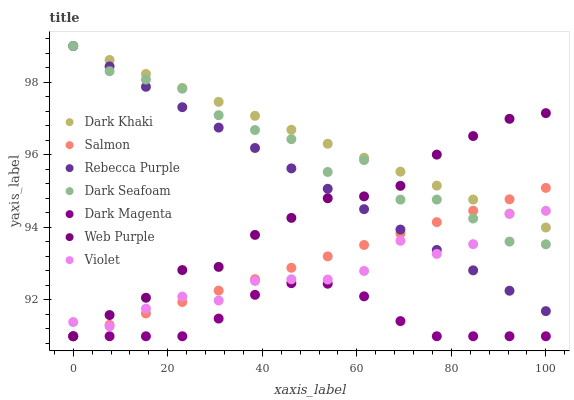
| xaxis_label | Dark Khaki | Salmon | Rebecca Purple | Dark Seafoam | Dark Magenta | Web Purple | Violet |
 | --- | --- | --- | --- | --- | --- | --- | --- |
 | 0 | 99 | 91 | 99 | 99 | 91 | 91 | 91.4 |
 | 7.69 | 98.6 | 91.3 | 98.4 | 98.3 | 91 | 91.6 | 91.3 |
 | 15.4 | 98.2 | 91.6 | 97.9 | 98.1 | 91 | 92.1 | 91.8 |
 | 23.1 | 97.8 | 91.9 | 97.3 | 97.8 | 91 | 92.8 | 92.1 |
 | 30.8 | 97.5 | 92.3 | 96.8 | 97.1 | 91.5 | 92.9 | 92 |
 | 38.5 | 97.1 | 92.6 | 96.2 | 96.7 | 92.1 | 93.8 | 92.5 |
 | 46.2 | 96.7 | 92.9 | 95.6 | 96.4 | 92.5 | 94.3 | 92.6 |
 | 53.8 | 96.3 | 93.2 | 95.1 | 95.5 | 92.4 | 94.8 | 92.6 |
 | 61.5 | 95.9 | 93.5 | 94.5 | 95.9 | 92.1 | 94.9 | 92.8 |
 | 69.2 | 95.5 | 93.8 | 93.9 | 94.8 | 91.4 | 95.1 | 93.6 |
 | 76.9 | 95.2 | 94.1 | 93.4 | 94.8 | 91 | 96 | 93.3 |
 | 84.6 | 94.8 | 94.5 | 92.8 | 94.2 | 91 | 96.5 | 93.5 |
 | 92.3 | 94.4 | 94.8 | 92.3 | 93.6 | 91 | 97 | 94.4 |
 | 100 | 94 | 95.1 | 91.7 | 93.5 | 91 | 97.1 | 94.5 |